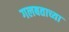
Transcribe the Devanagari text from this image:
गलबताच्या